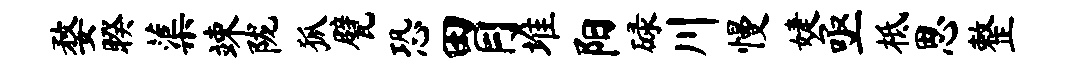
婺睽蕖竦陇狐甓恐胃堆阳碌川慢婕亟柢思整